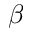
\beta